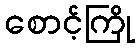
စောင့်ကြို